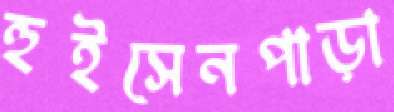
হুইসেনপাড়া